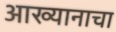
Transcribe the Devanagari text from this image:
आख्यानाचा